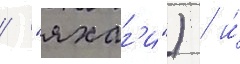
/ "яхаг'и") / и́